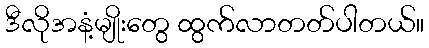
ဒီလိုအနံ့မျိုးတွေ ထွက်လာတတ်ပါတယ်။